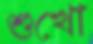
শুখো